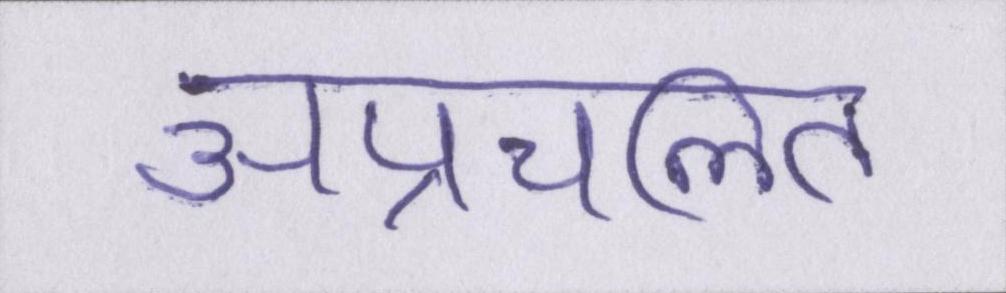
अप्रचलित